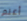
أعلم